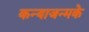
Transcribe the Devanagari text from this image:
कन्याजन्मके